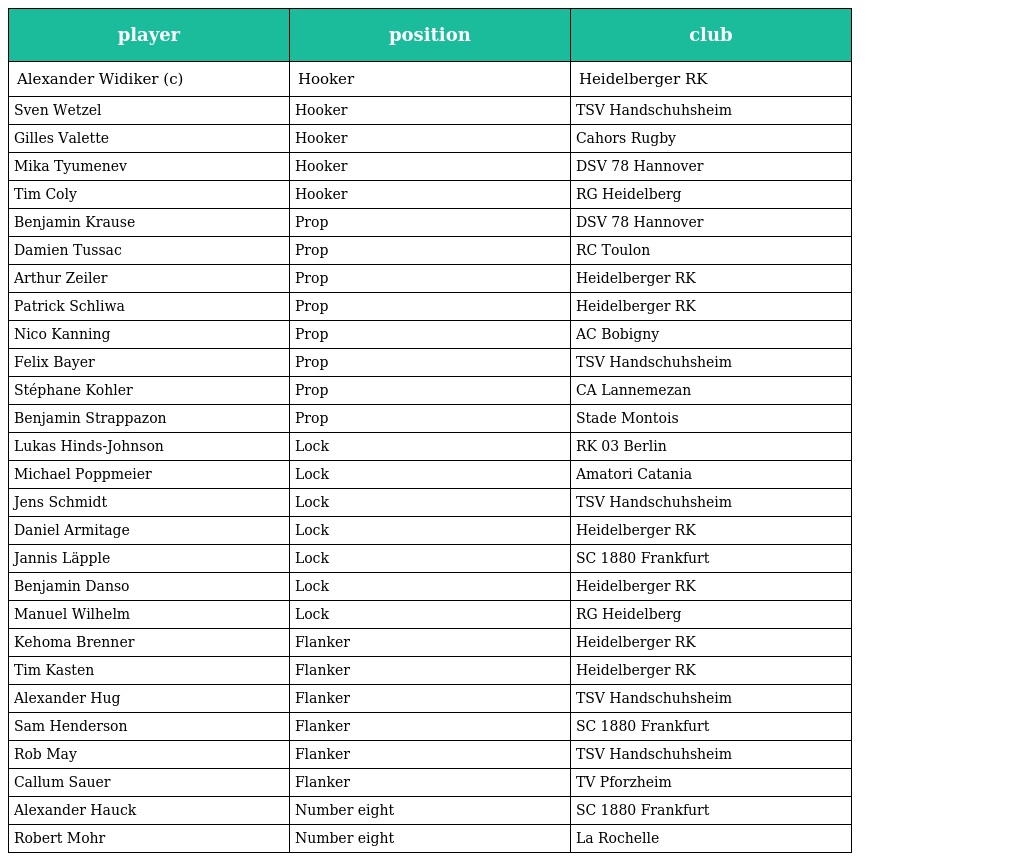
| player | position | club |
 | --- | --- | --- |
 | Alexander Widiker (c) | Hooker | Heidelberger RK |
 | Sven Wetzel | Hooker | TSV Handschuhsheim |
 | Gilles Valette | Hooker | Cahors Rugby |
 | Mika Tyumenev | Hooker | DSV 78 Hannover |
 | Tim Coly | Hooker | RG Heidelberg |
 | Benjamin Krause | Prop | DSV 78 Hannover |
 | Damien Tussac | Prop | RC Toulon |
 | Arthur Zeiler | Prop | Heidelberger RK |
 | Patrick Schliwa | Prop | Heidelberger RK |
 | Nico Kanning | Prop | AC Bobigny |
 | Felix Bayer | Prop | TSV Handschuhsheim |
 | Stéphane Kohler | Prop | CA Lannemezan |
 | Benjamin Strappazon | Prop | Stade Montois |
 | Lukas Hinds-Johnson | Lock | RK 03 Berlin |
 | Michael Poppmeier | Lock | Amatori Catania |
 | Jens Schmidt | Lock | TSV Handschuhsheim |
 | Daniel Armitage | Lock | Heidelberger RK |
 | Jannis Läpple | Lock | SC 1880 Frankfurt |
 | Benjamin Danso | Lock | Heidelberger RK |
 | Manuel Wilhelm | Lock | RG Heidelberg |
 | Kehoma Brenner | Flanker | Heidelberger RK |
 | Tim Kasten | Flanker | Heidelberger RK |
 | Alexander Hug | Flanker | TSV Handschuhsheim |
 | Sam Henderson | Flanker | SC 1880 Frankfurt |
 | Rob May | Flanker | TSV Handschuhsheim |
 | Callum Sauer | Flanker | TV Pforzheim |
 | Alexander Hauck | Number eight | SC 1880 Frankfurt |
 | Robert Mohr | Number eight | La Rochelle |